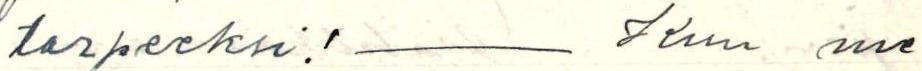
tarpeeksi! - Kun me